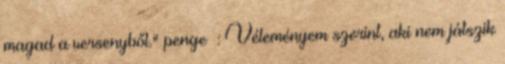
magad a versenyből." penge™: Véleményem szerint, aki nem játszik